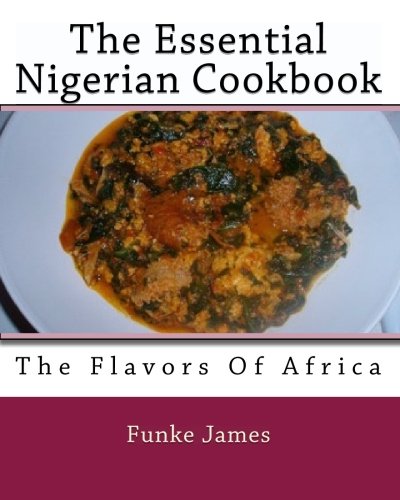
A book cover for The Essential Nigerian Cookbook; Funke James; Cookbooks, Food & Wine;